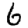
Digit: 6